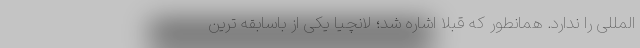
المللی را ندارد. همانطور که قبلا اشاره شد؛ لانچیا یکی از باسابقه ترین